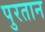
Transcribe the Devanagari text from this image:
पुरतान